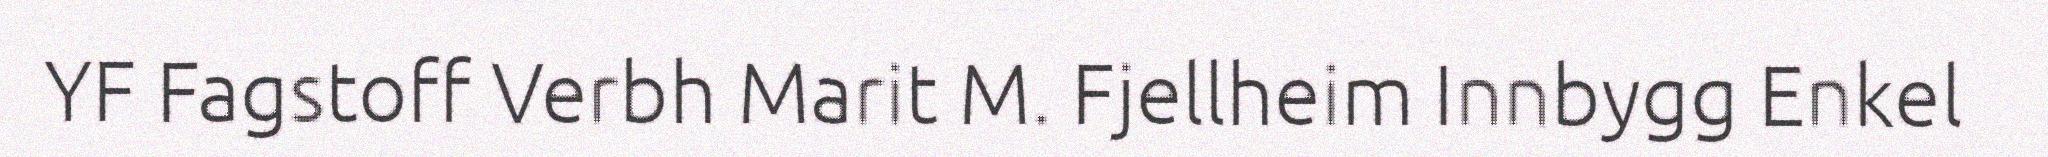
YF Fagstoff Verbh Marit M. Fjellheim Innbygg Enkel